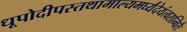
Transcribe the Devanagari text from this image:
धूपोदीपस्तथामाल्यमर्घ्यंदेयंत्वरान्वितैः